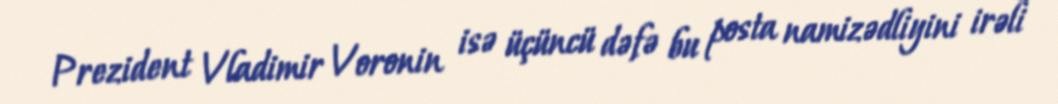
Prezident Vladimir Voronin isə üçüncü dəfə bu posta namizədliyini irəli